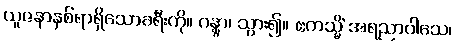
ယူဇနာနှစ်ရာရှိသောခရီးကို။ ဂန္တွာ၊ သွား၍။ ဧကသ္မိံ အရညာဝါသေ၊